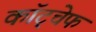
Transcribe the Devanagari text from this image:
कॉट्चेफ